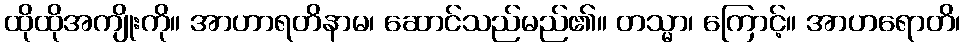
ထိုထိုအကျိုးကို။ အာဟာရတိနာမ၊ ဆောင်သည်မည်၏။ တသ္မာ၊ ကြောင့်။ အာဟရောတိ၊